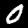
Label: 0